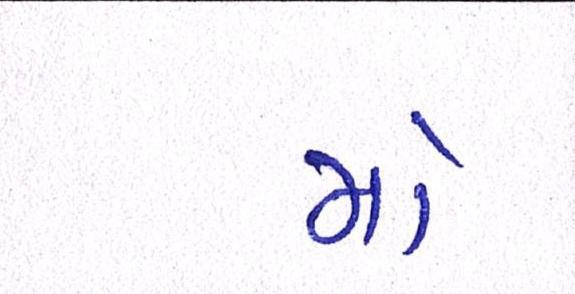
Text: મો